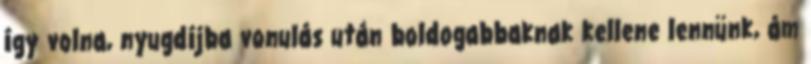
így volna, nyugdíjba vonulás után boldogabbaknak kellene lennünk, ám